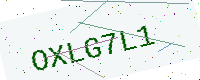
Text: OXLG7L1